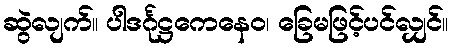
ဆွဲလျက်။ ပါဒင်္ဂုဋ္ဌကေနေဝ၊ ခြေမဖြင့်ပင်လျှင်။